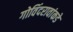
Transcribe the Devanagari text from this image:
गोविंदरावांकडे